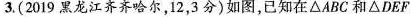
3.(2019黑龙江齐齐哈尔，12，3分)如图，已知在\triangle ABC和\triangle DEF